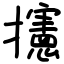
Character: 攇